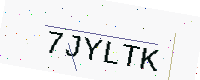
Text: 7JYLTK